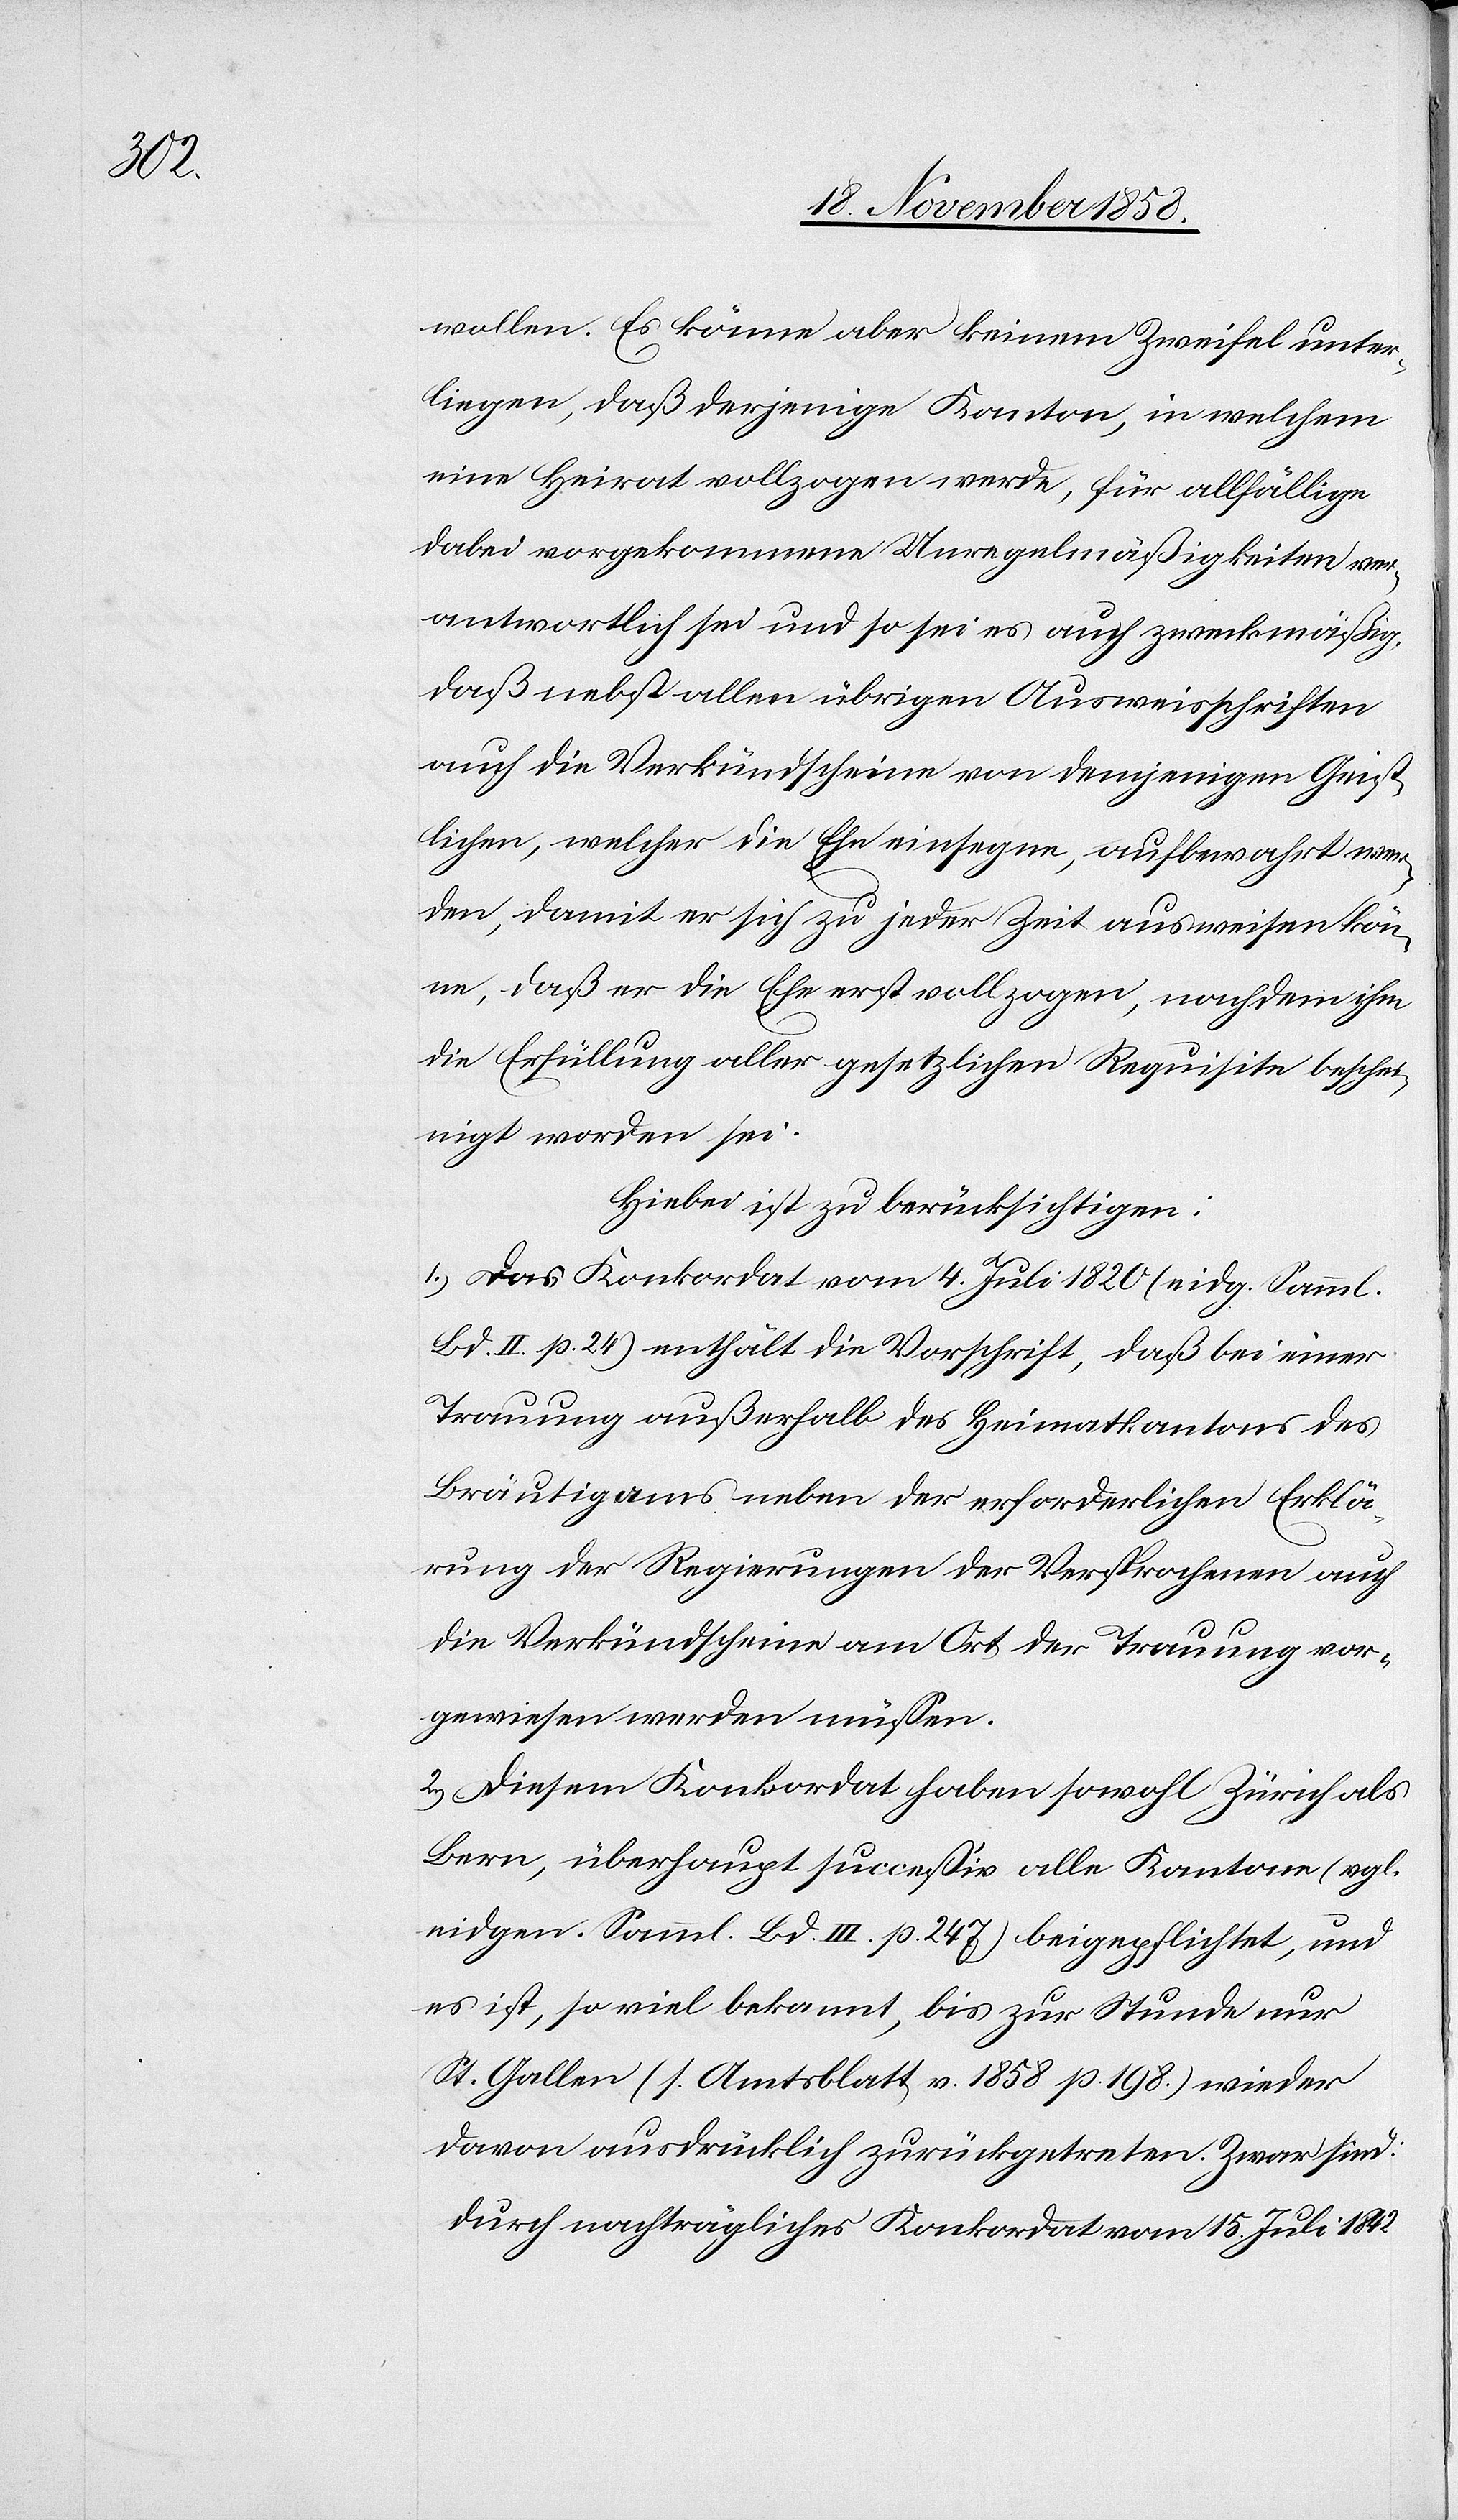
wollen [sic!]. Es könne aber keinem Zweifel unter¬
liegen, daß derjenige Kanton, in welchem
eine Heirat vollzogen werde, für allfällige
dabei vorgekommene Unregelmäßigkeiten ver¬
antwortlich sei und so sei es auch zweckmäßig,
daß nebst allen übrigen Ausweisschriften
auch die Verkündscheine von demjenigen Geist¬
lichen, welcher die Ehe einsegne, aufbewahrt wer¬
den, damit er sich zu jeder Zeit ausweisen kön¬
ne, daß er die Ehe erst vollzogen, nachdem ihm
die Erfüllung aller gesetzlichen Requisite beschei¬
nigt worden sei.
Hiebei ist zu berücksichtigen:
1.) Das Konkordat vom 4. Juli 1820 (eidg. Samml.
Bd. II. p. 24) enthält die Vorschrift, daß bei einer
Trauung außerhalb des Heimatkantons des
Bräutigams neben der erforderlichen Erklä¬
rung der Regierungen der Versprochenen auch
die Verkündscheine am Ort der Trauung vor¬
gewiesen werden müssen.
2.) Diesem Konkordat haben sowohl Zürich als
Bern, überhaupt successiv alle Kantone (vgl.
eidgen. Samml. Bd. III. p. 247) beigepflichtet, und
es ist, so viel bekannt, bis zur Stunde nur
St. Gallen (s. Amtsblatt v. 1858 p. 198.) wieder
davon ausdrücklich zurückgetreten. Zwar sind:
durch nachträgliches Konkordat vom 15. Juli 1842